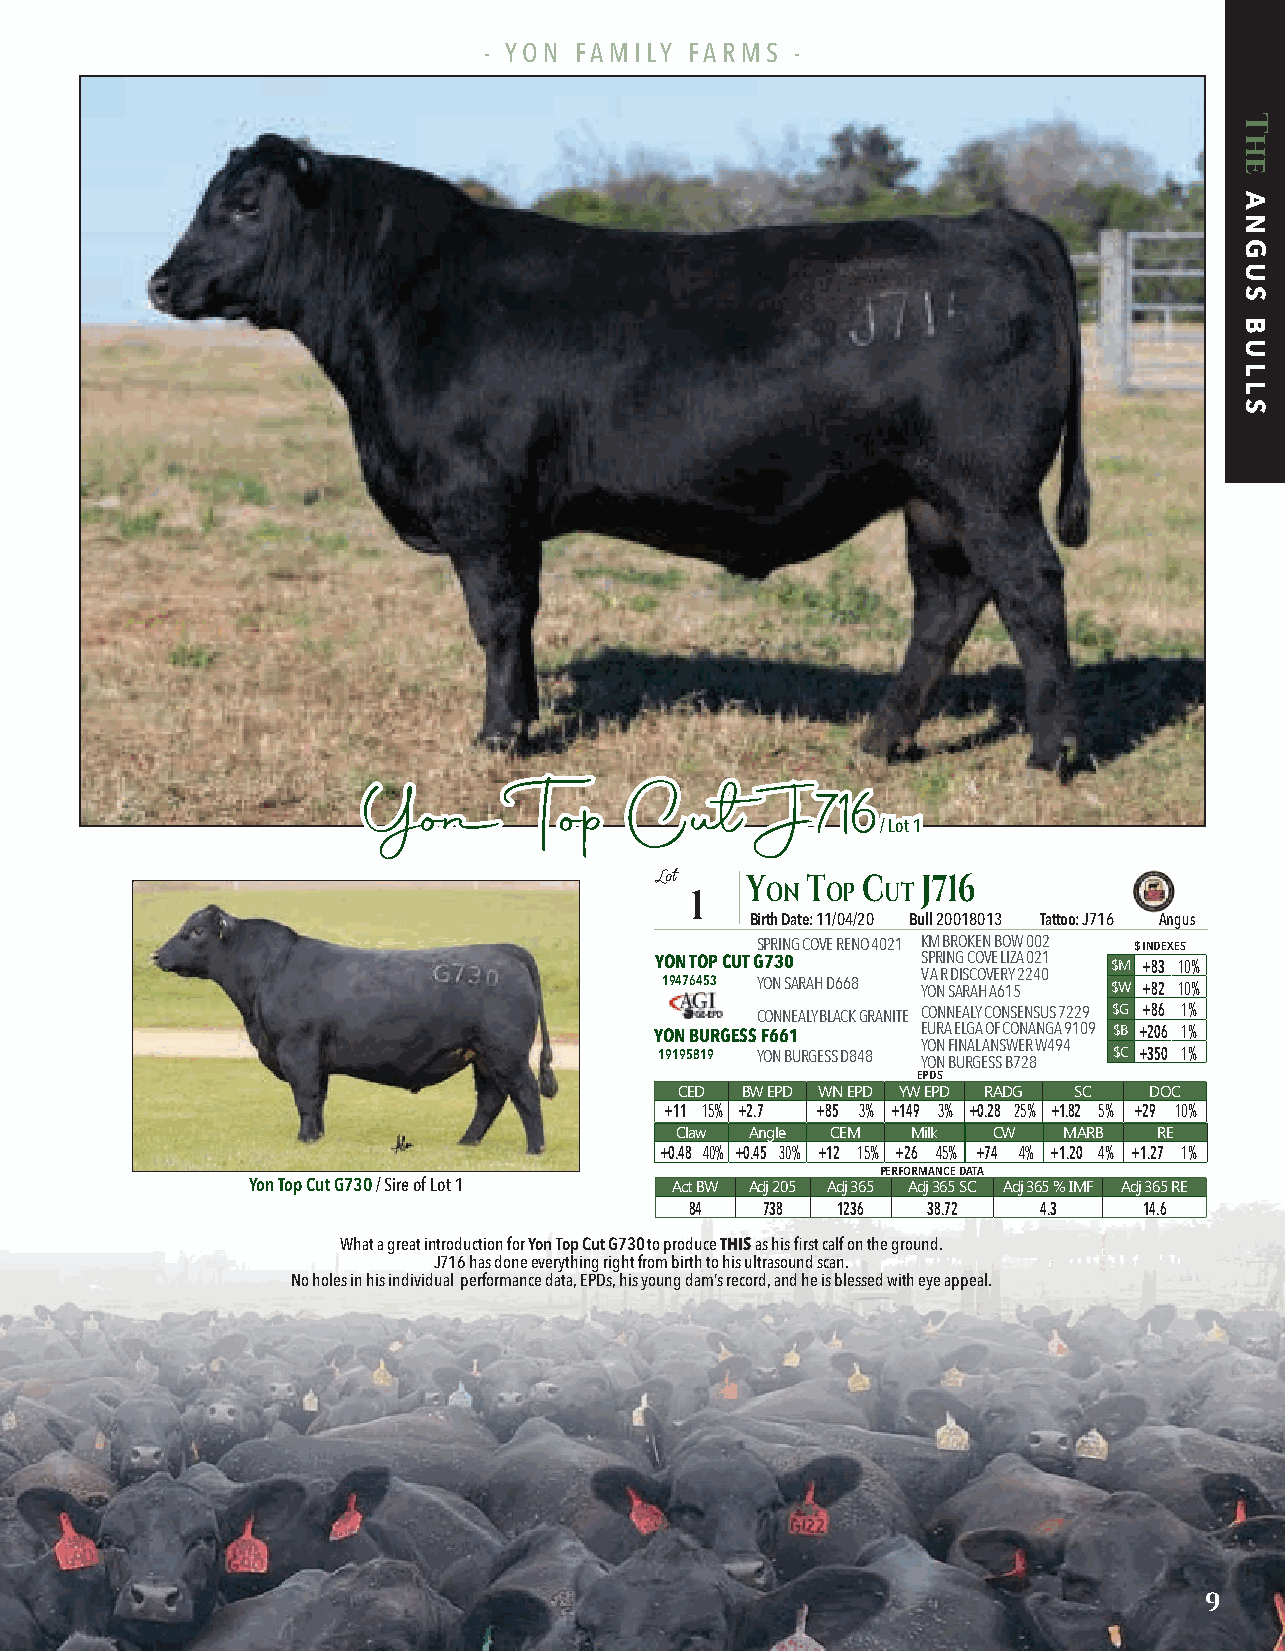
- YON FAMILY  FARMS  -
 Trait Progeny Equivalent
 Mature Height 9
 Carcass Weight 15       YYoonn     TToopp CCuutt   JJ771166
 // LLoott 11
 Yearling Height 17
 Carcass Marbling 11
 Carcass Rib 17                             Lot   YY oonn TT oopp CC uuTT JJ771166
 1
 Carcass Fat 14                                    Birth Date: 11/04/20 Bull 20018013 Tattoo: J716 Angus
 SPRING COVE RENO 4021 KM BROKEN BOW 002 $ INDEXES
 YON TOP CUT G730  SPRING COVE LIZA 021
 $M +83 10%
 V A R DISCOVERY 2240
 19476453 YON SARAH D668 YON SARAH A615 $W +82 10%
 CONNEALY BLACK GRANITE CONNEALY CONSENSUS 7229 $G +86 1%
 YON BURGESS F661  EURA ELGA OF CONANGA 9109 $B +206 1%
 YON FINAL ANSWER W494
 19195819 YON BURGESS D848 YON BURGESS B728 $C +350 1%
 EPDS
 CED BW EPD WN EPD YW EPD RADG SC DOC
 +11 15% +2.7 +85 3% +149 3% +0.28 25% +1.82 5% +29 10%
 Claw Angle CEM Milk  CW  MARB   RE
 +0.48 40% +0.45 30% +12 15% +26 45% +74 4% +1.20 4% +1.27 1%
 PERFORMANCE DATA
 Yon Top Cut G730 / Sire of Lot 1 Act BW Adj 205 Adj 365 Adj 365 SC Adj 365 % IMF Adj 365 RE
 84  738  1236  38.72   4.3    14.6
 What a great introduction for Yon Top Cut G730 to produce THIS as his first calf on the ground.
 J716 has done everything right from birth to his ultrasound scan.
 No holes in his individual performance data, EPDs, his young dam’s record, and he is blessed with eye appeal.
 9
 The
 ANGUS
 BULLS